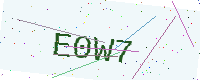
Text: E0W7